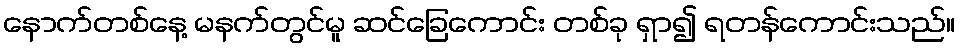
နောက်တစ်နေ့ မနက်တွင်မူ ဆင်ခြေကောင်း တစ်ခု ရှာ၍ ရတန်ကောင်းသည်။